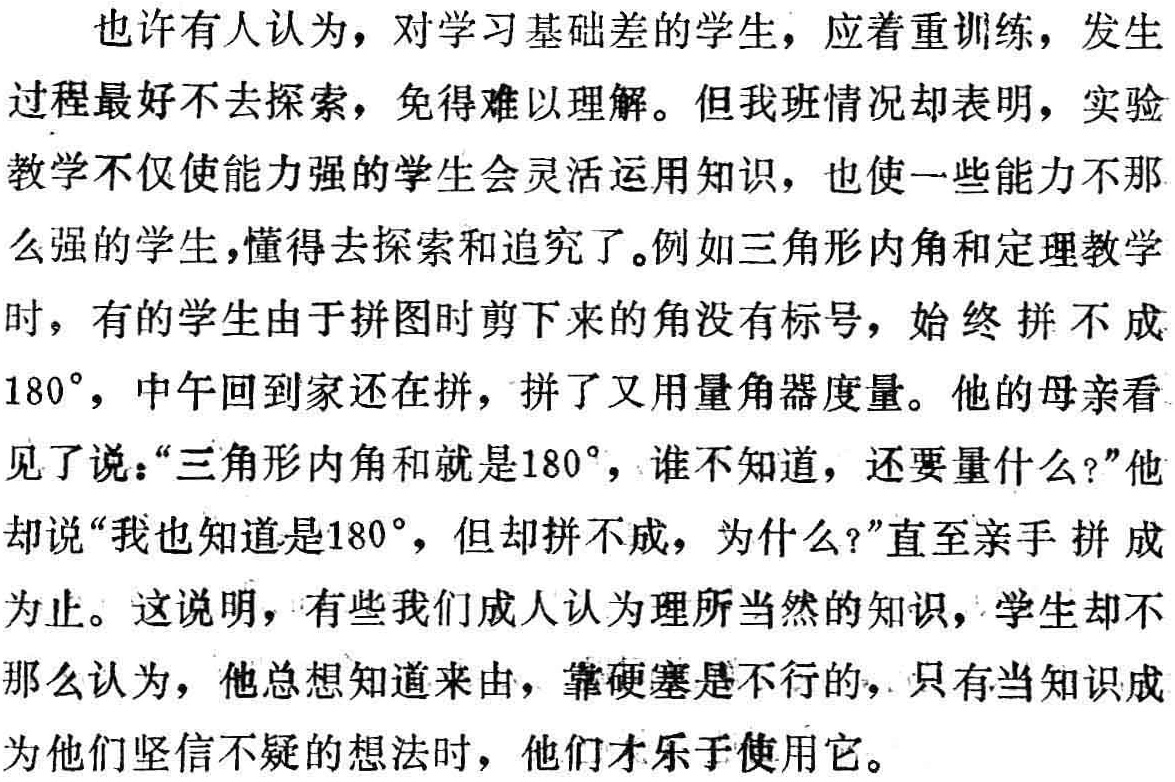
也许有人认为，对学习基础差的学生，应着重训练，发生过程最好不去探索，免得难以理解。但我班情况却表明，实验教学不仅使能力强的学生会灵活运用知识，也使一些能力不那么强的学生，懂得去探索和追究了。例如三角形内角和定理教学时，有的学生由于拼图时剪下来的角没有标号，始终拼不成$180^{\circ}$，中午回到家还在拼，拼了又用量角器度量。他的母亲看见了说：“三角形内角和就是$180^{\circ}$，谁不知道，还要量什么？”他却说“我也知道是$180^{\circ}$，但却拼不成，为什么？”直至亲手拼成为止。这说明，有些我们成人认为理所当然的知识，学生却不那么认为，他总想知道来由，靠硬塞是不行的，只有当知识成为他们坚信不疑的想法时，他们才乐于使用它。